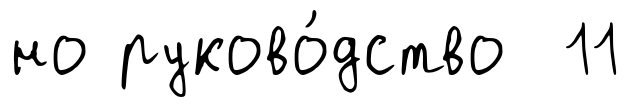
но руково́дство 11